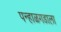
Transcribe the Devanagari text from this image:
पन्हाळगडाला